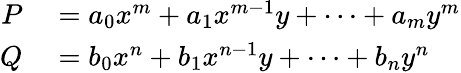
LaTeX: \begin{array}{rl}{P}&{{}=a_{0}x^{m}+a_{1}x^{m-1}y+\cdots+a_{m}y^{m}}\\ {Q}&{{}=b_{0}x^{n}+b_{1}x^{n-1}y+\cdots+b_{n}y^{n}}\end{array}